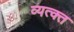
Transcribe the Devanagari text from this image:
व्यत्क्त